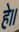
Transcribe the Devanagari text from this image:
हे॥